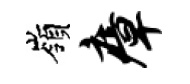
嶺瘴